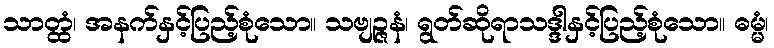
သာတ္ထံ၊ အနက်နှင့်ပြည့်စုံသော။ သဗျဉ္ဇနံ၊ ရွတ်ဆိုရာသဒ္ဒါနှင့်ပြည့်စုံသော။ ဓမ္မံ၊